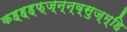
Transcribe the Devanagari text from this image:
कह्ह्ह्फ्ज्न्न्व्सुज्म्हि